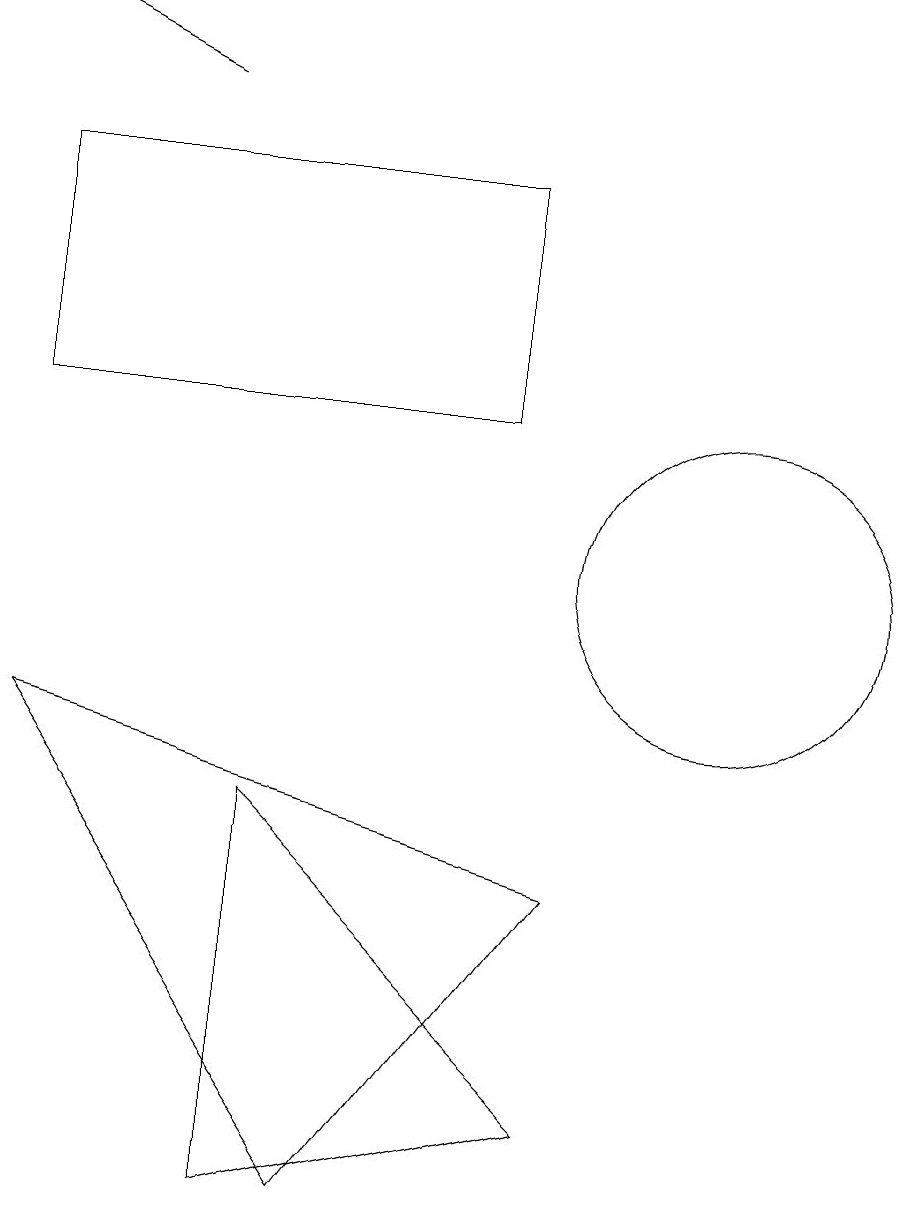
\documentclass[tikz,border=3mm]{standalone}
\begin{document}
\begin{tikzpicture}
\draw (7,12) rectangle (1,15);
\draw (4,2) -- (4,7) -- (8,3) -- cycle;
\draw (1,8) -- (5,2) -- (8,6) -- cycle;
\draw (10,10) circle (2);
\draw[->] (3,16) -- (1,17);
\draw (11,12) circle (0);
\draw (12,11) circle (0);
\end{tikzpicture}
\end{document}